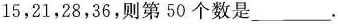
15，21，28，36，则第50个数是___。